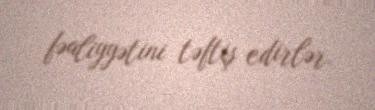
fəaliyyətini təftiş edirlər.